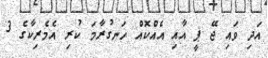
އަދި ވައި ޖޭ ޕީ އާއި އެއްކޮއް ހަނގުރާމަ ކުރި އެމެރިކާގެ 3